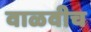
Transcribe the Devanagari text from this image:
वाळवीच